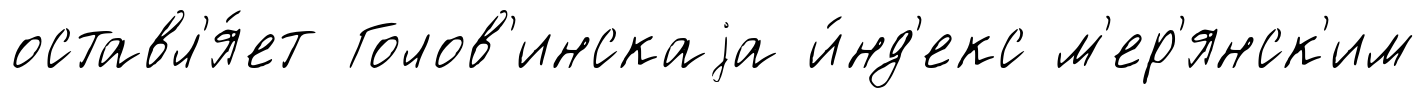
оставл'я́ет Голов'инскаjа и́нд'екс м'ер'янск'им